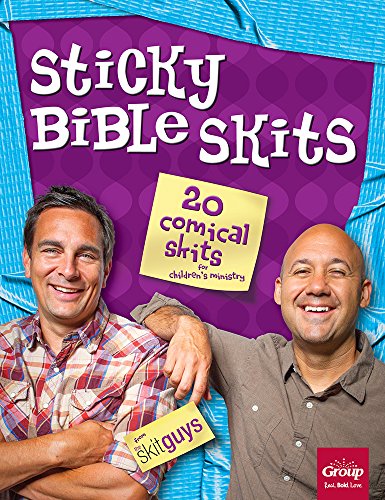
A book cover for Sticky Bible Skits: 20 Comical Skits for Children's Ministry; the Skit Guys; Christian Books & Bibles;